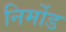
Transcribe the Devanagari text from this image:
निर्मोड